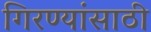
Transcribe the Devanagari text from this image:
गिरण्यांसाठी